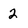
Character: 2